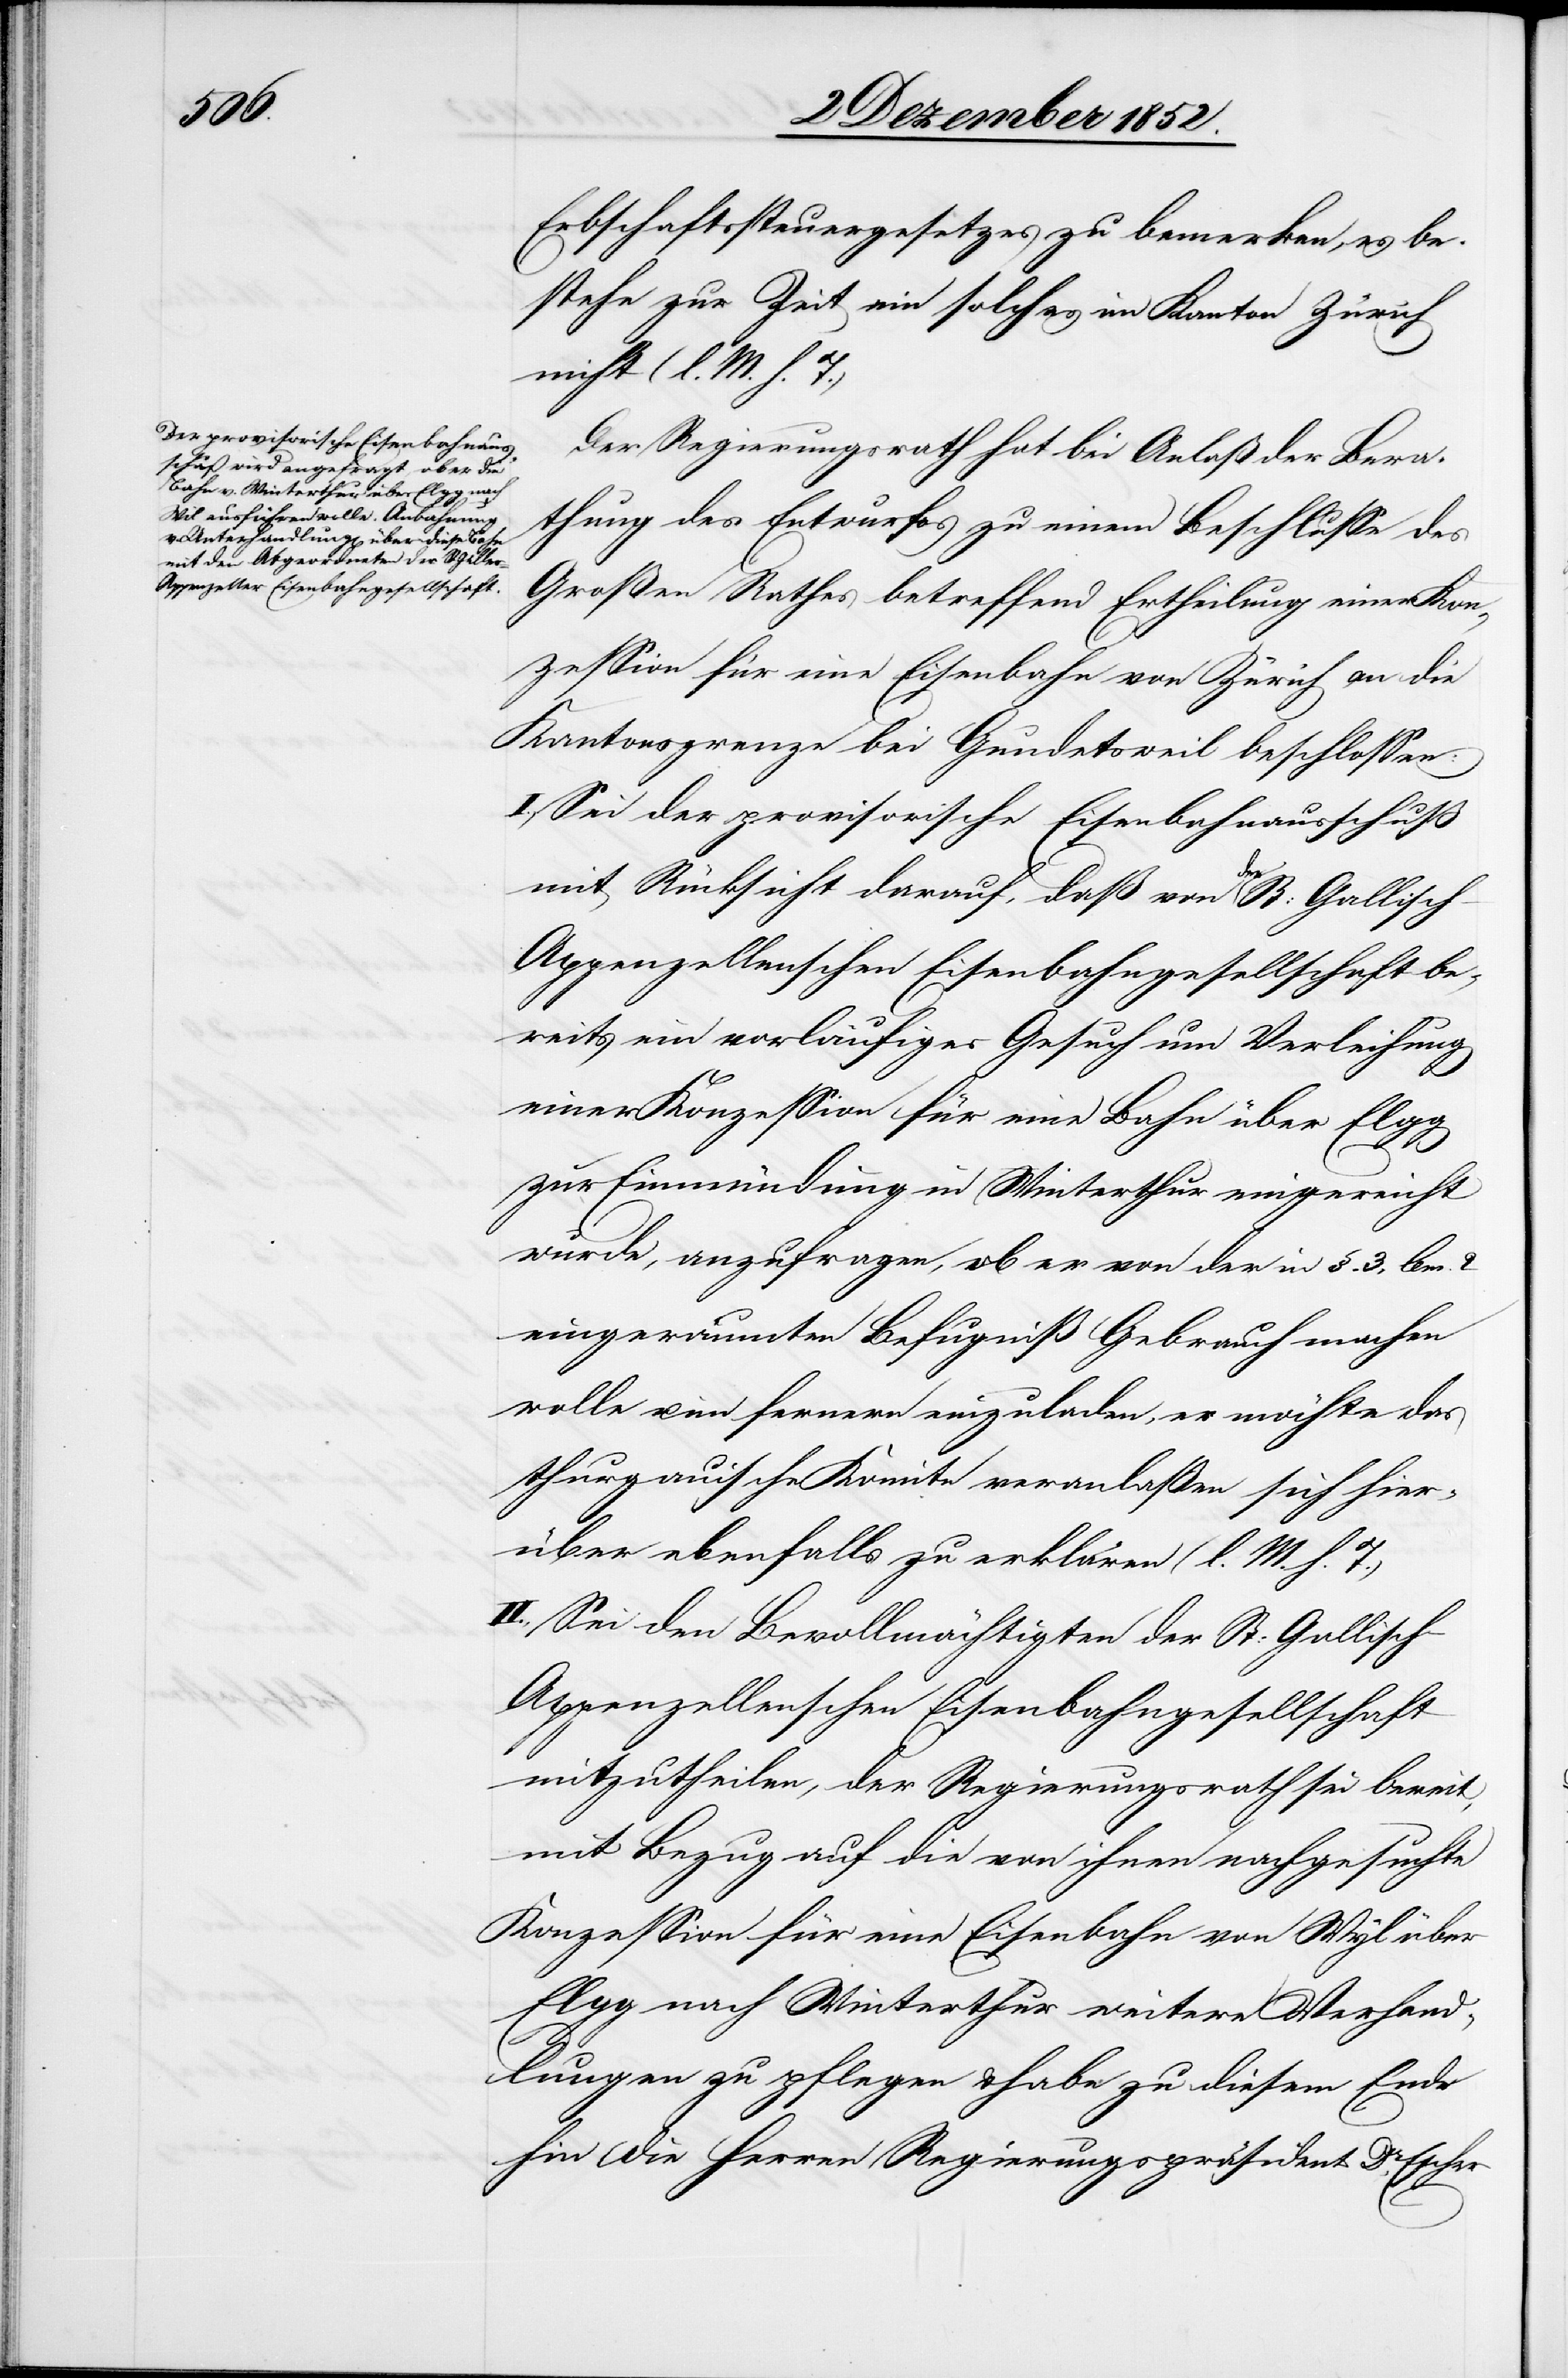
Erbschaftssteuergesetzes zu bemerken, es be¬
stehe zur Zeit ein solches im Kanton Zürich
nicht (l. M. h.
Der Regierungsrath hat bei Anlaß der Bera¬
thung des Entwurfes zu einem Beschlusse des
Großen Rathes betreffend Ertheilung einer Kon¬
zession für eine Eisenbahn von Zürich an die
Kantonsgrenze bei Gundetsweil beschlossen:
I., Sei der provisorische Eisenbahnausschuß
mit Rücksicht darauf, daß von der St: Gallisc¬
h-Appenzellenschen Eisenbahngesellschaft be¬
reits ein vorläufiges Gesuch um Verleihung
einer Konzession für eine Bahn über Elgg
zur Einmündung in Winterthur eingereicht
wurde, anzufragen, ob er von der in §. 3, lem.
eingeräumten Befugniß Gebrauch machen
wolle u. im fernern einzuladen, er möchte das
thurgauische Komite veranlaßen sich hier¬
über ebenfalls zu erklären (l. M. h. T.)
II., Sei den Bevollmächtigten der St: Gallisch-A¬
ppenzellenschen Eisenbahngesellschaft
mitzutheilen, der Regierungsrath sei bereit,
mit Bezug auf die von ihnen nachgesuchte
Konzession für eine Eisenbahn von Wyl über
Elgg nach Winterthur weitere Verhand¬
lungen zu pflegen & habe zu diesem Ende
hin die Herren Regierungspräsident Dr. Escher